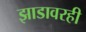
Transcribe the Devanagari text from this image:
झाडावरही